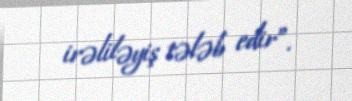
irəliləyiş tələb edir”.